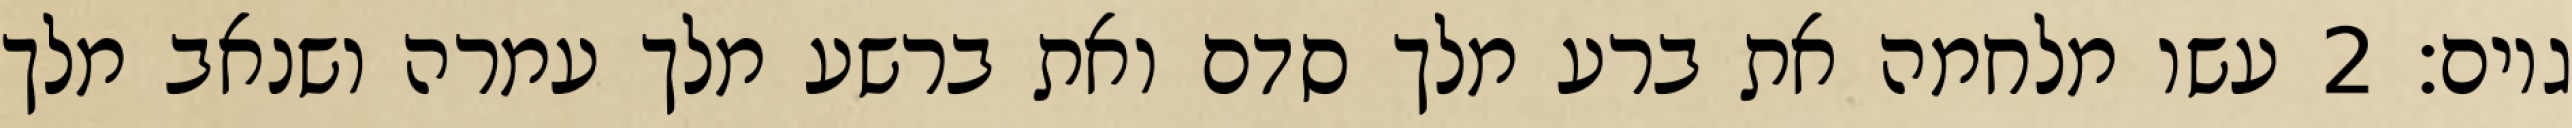
גוים׃ ‎2‏ עשו מלחמה את ברע מלך סדם ואת ברשע מלך עמרה ושנאב מלך